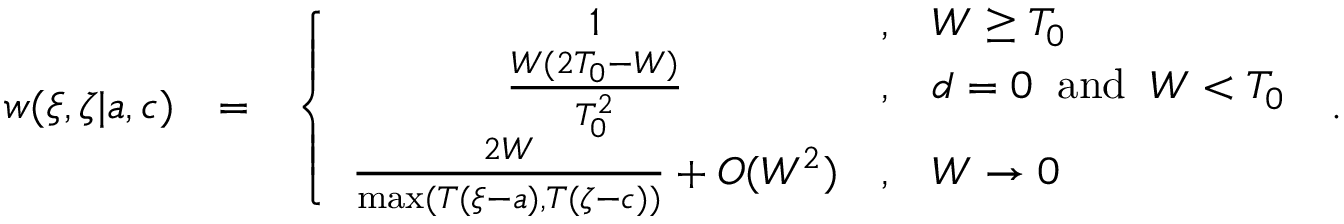
\begin{array} { r l r } { w ( \xi , \zeta | { a } , { c } ) } & { = } & { \left\{ \begin{array} { c c l } { 1 } & { , } & { W \ge T _ { 0 } } \\ { \frac { W ( 2 T _ { 0 } - W ) } { T _ { 0 } ^ { 2 } } } & { , } & { d = 0 \; \; \mathrm { a n d } \; \; W < T _ { 0 } } \\ { \frac { 2 W } { \operatorname* { m a x } ( T ( \xi - a ) , T ( \zeta - c ) ) } + { \cal O } ( W ^ { 2 } ) } & { , } & { W \rightarrow 0 } \end{array} \right. \; . } \end{array}